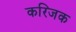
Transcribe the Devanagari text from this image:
करिजक